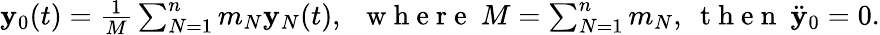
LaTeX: \begin{array}{r}{{\mathbf y}_{0}(t)=\frac 1M\sum_{N=1}^{n}m_{N}{\mathbf y}_{N}(t),~~\mathrm{~w~h~e~r~e~}~M=\sum_{N=1}^{n}m_{N},~\mathrm{~t~h~e~n~}~\ddot{\mathbf y}_{0}=0.}\end{array}